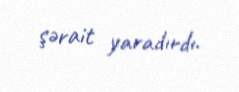
şərait yaradırdı.